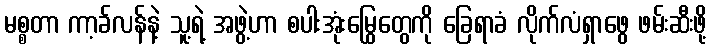
မစ္စတာ ကာ့ခ်လန်နဲ့ သူ့ရဲ့ အဖွဲ့ဟာ စပါးအုံးမြွေတွေကို ခြေရာခံ လိုက်လံရှာဖွေ ဖမ်းဆီးဖို့